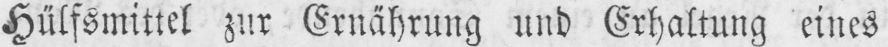
Hülfsmittel zur Ernährung und Erhaltung eines